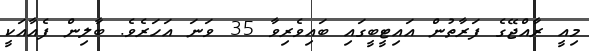
މިއީ ރާއްޖޭގެ ފަރާތުން އައިޓީބީގައި ބައިވެރިވާ 35 ވަނަ އަހަރެވެ. ބާލިން ފެއާއަކީ